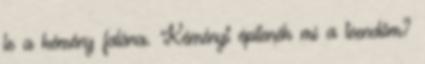
le a kémény falára. Kéményt építenék mi a teendőm?